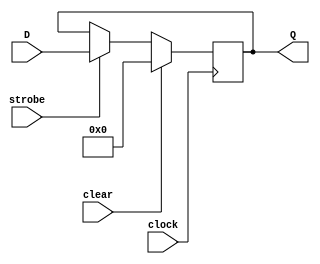
module Inport(input clear, clock, strobe, input [31:0] D, output [31:0] Q);
   reg [31:0] Q_reg;
   
   always @(posedge clock)
     begin
	if (clear == 1)
	  Q_reg = 0;
	else if (strobe == 1)
	  Q_reg = D;
     end

   assign Q = Q_reg;
   
endmodule // Inport